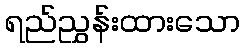
ရည်ညွှန်းထားသော